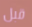
قبل